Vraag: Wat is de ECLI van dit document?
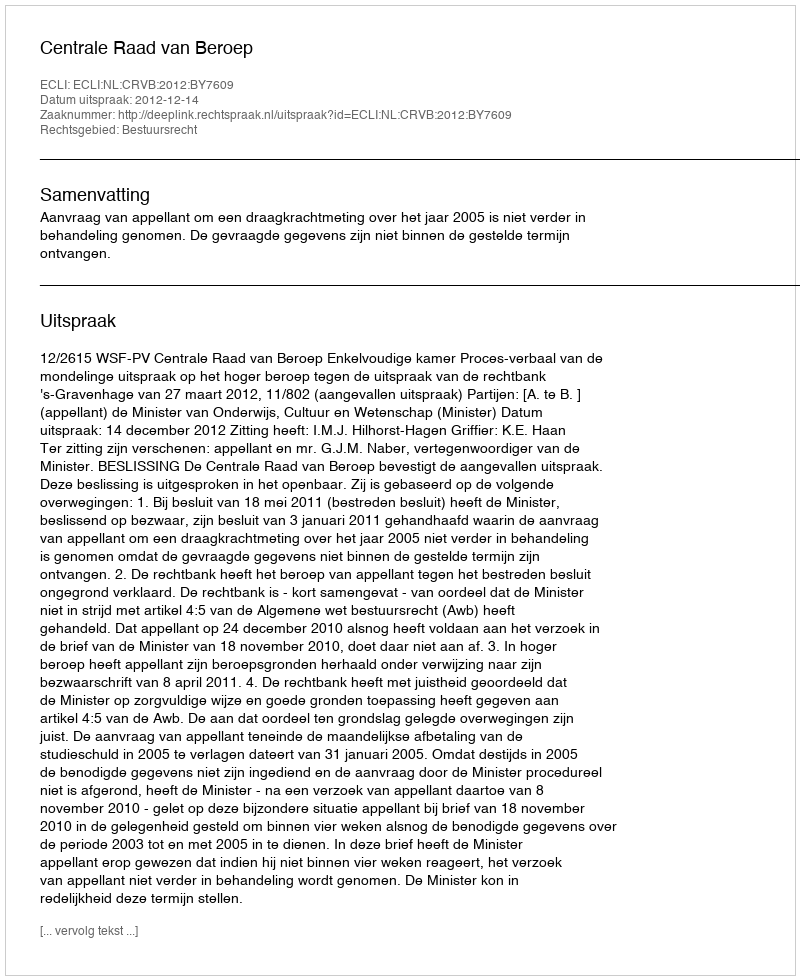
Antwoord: ECLI:NL:CRVB:2012:BY7609